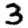
Digit: 3